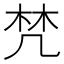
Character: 𣑽